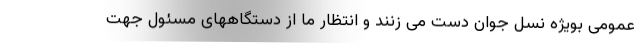
عمومی بویژه نسل جوان دست می زنند و انتظار ما از دستگاههای مسئول جهت